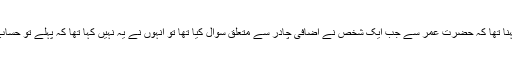
انکا کہنا تھا کہ حضرت عمرؓ سے جب ایک شخص نے اضافی چادر سے متعلق سوال کیا تھا تو انہوں نے یہ نہیں کہا تھا کہ پہلے تو حساب دے۔